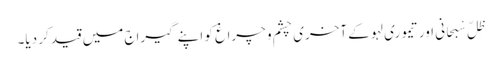
ظِلّ سْبحانی اور تیموری لہو کے آخری چشم و چراغ کو اپنے گیراج میں قید کر دیا۔